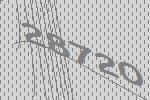
28720